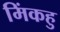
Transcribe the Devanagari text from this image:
मिंकहु